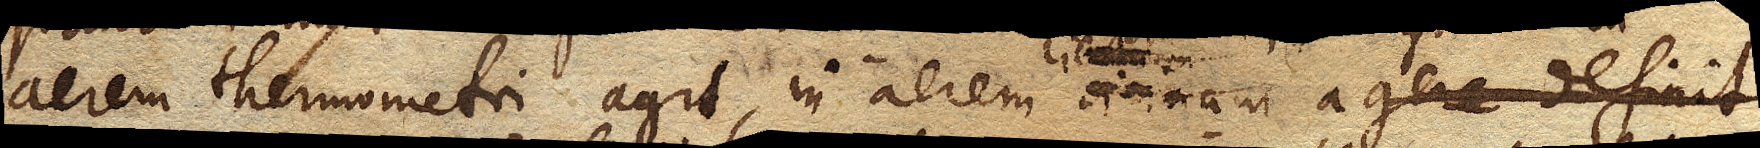
aerem thermometri agit, in aerem